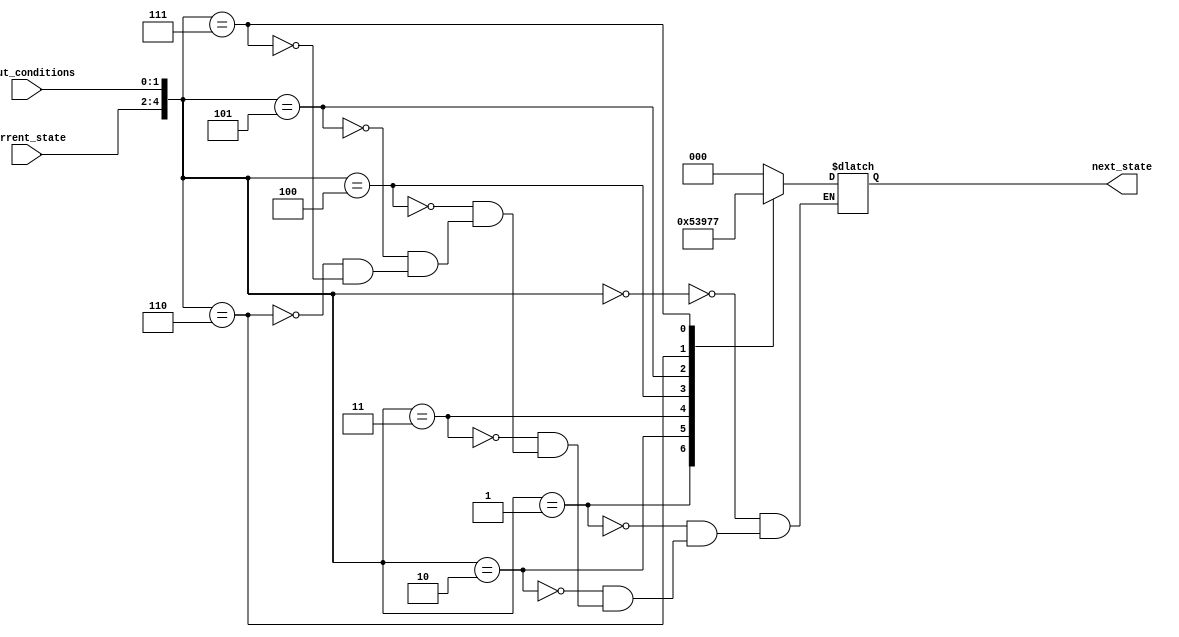
module FSM (
    input [2:0] current_state,
    input [1:0] input_conditions,
    output reg [2:0] next_state
);

// Define the grid structure with rows and columns representing current and next state transitions
// Each cell contains the output logic for determining the next state based on current state and input conditions
always @(*) begin
    case ({current_state, input_conditions})
        3'b0000: next_state = 3'b000; // Define output logic for each cell in the grid
        3'b0001: next_state = 3'b001;
        3'b0010: next_state = 3'b010;
        3'b0011: next_state = 3'b011;
        3'b0100: next_state = 3'b100;
        3'b0101: next_state = 3'b101;
        3'b0110: next_state = 3'b110;
        3'b0111: next_state = 3'b111;
        // Repeat for all possible combinations of current_state and input_conditions
    endcase
end

endmodule